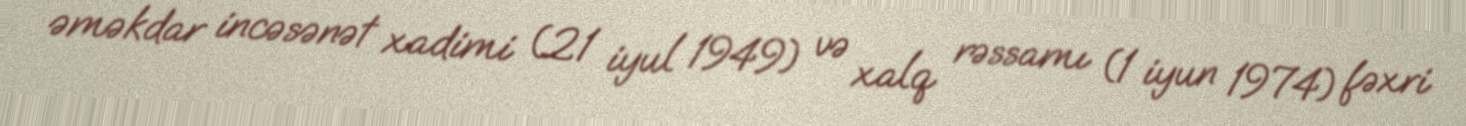
əməkdar incəsənət xadimi (21 iyul 1949) və xalq rəssamı (1 iyun 1974) fəxri